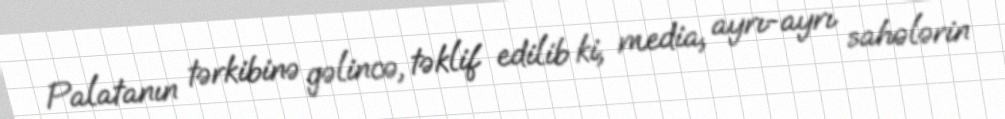
Palatanın tərkibinə gəlincə, təklif edilib ki, media, ayrı-ayrı sahələrin